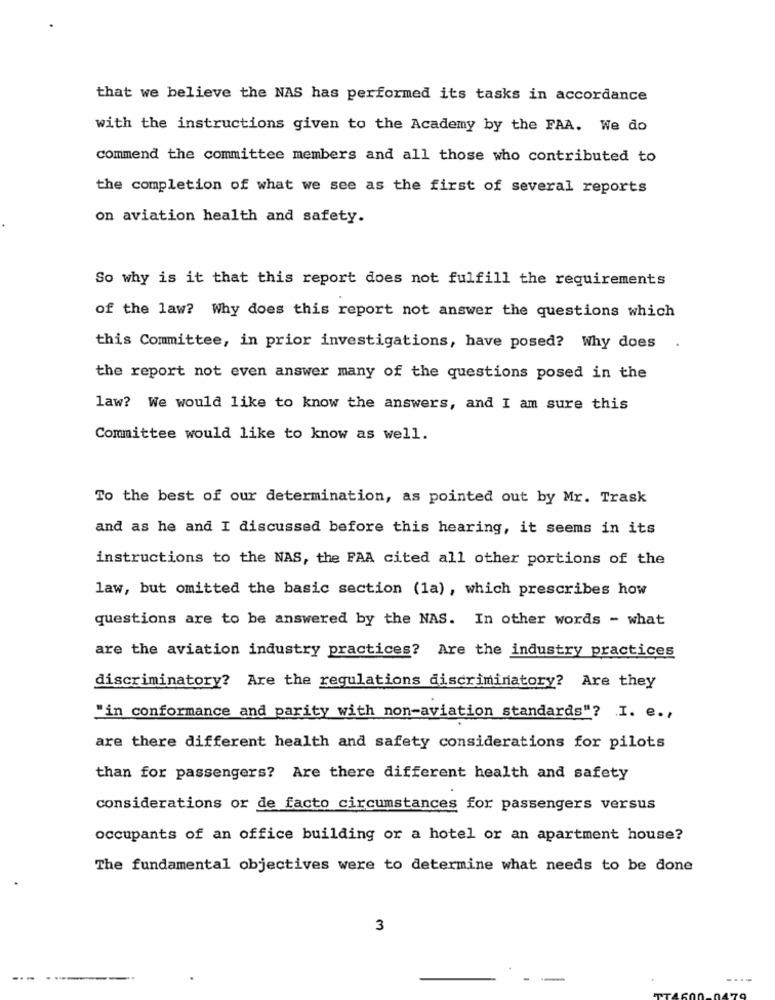
that we believe the NAS has performed its tasks in accordance
with the instructions given to the Academy by the FAA. We do
commend the committee members and all those who contributed to
the completion of what we see as the first of several reports
on aviation health and safety.
So why is it that this report does not fulfill the requirements
of the law? Why does this report not answer the questions which
this Committee, in prior investigations, have posed? Why does
the report not even answer many of the questions posed in the
law? We would like to know the answers, and I am sure this
Committee would like to know as well.
To the best of our determination, as pointed out by Mr. Trask
and as he and I discussed before this hearing, it seems in its
instructions to the NAS, the FAA cited all other portions of the
law, but omitted the basic section (1a), which prescribes how
questions are to be answered by the NAS. In other words - what
are the aviation industry practices? Are the industry practices
discriminatory? Are the regulations discriminatory? Are they
"in conformance and parity with non-aviation standards"? . I. e .,
are there different health and safety considerations for pilots
than for passengers? Are there different health and safety
considerations or de facto circumstances for passengers versus
occupants of an office building or a hotel or an apartment house?
The fundamental objectives were to determine what needs to be done
3